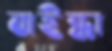
বাইন্ধা